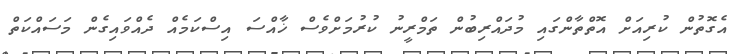
އެގޮތުން ކުރިއަށް އޮތްތާންގައި މުދައްރިބުން ތަމްރީނު ކުރުމަށްވެސް ޚާއްސަ އިސްކަމެއް ދެއްވައިގެން މަސައްކަތް